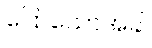
ပြောသောအခါ